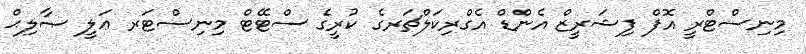
މިނިސްޓްރީ އޮފް ފިޝަރީޒް އެންޑް އެގްރިކަލްޗަރގެ ކުރީގެ ސްޓޭޓް މިނިސްޓަރ ޢަލީ ޞާލިޙް